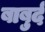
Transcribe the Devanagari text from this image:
बाबुर्द